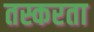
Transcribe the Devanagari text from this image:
तस्करता